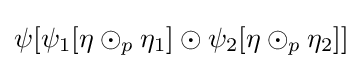
\psi [\psi _{1}[\eta \odot _{p}\eta _{1}]\odot \psi _{2}[\eta \odot _{p}\eta _{2}]]